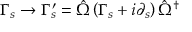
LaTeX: \Gamma _ { s } \rightarrow \Gamma _ { s } ^ { \prime } = \hat { \Omega } \left( \Gamma _ { s } + i \partial _ { s } \right) \hat { \Omega } ^ { \dagger }